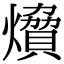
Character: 燲